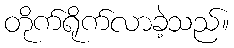
တိုက်ရိုက်လာခဲ့သည်။